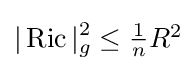
|\operatorname {Ric} |_{g}^{2}\leq \textstyle {\frac {1}{n}}R^{2}